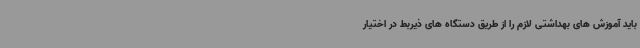
باید آموزش های بهداشتی لازم را از طریق دستگاه های ذیربط در اختیار